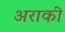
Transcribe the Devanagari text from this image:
अराकी